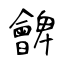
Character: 朇